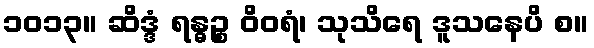
၁၀၁၃။ ဆိဒ္ဒံ ရန္ဓဉ္စ ဝိဝရံ၊ သုသိရေ ဒူသနေပိ စ။